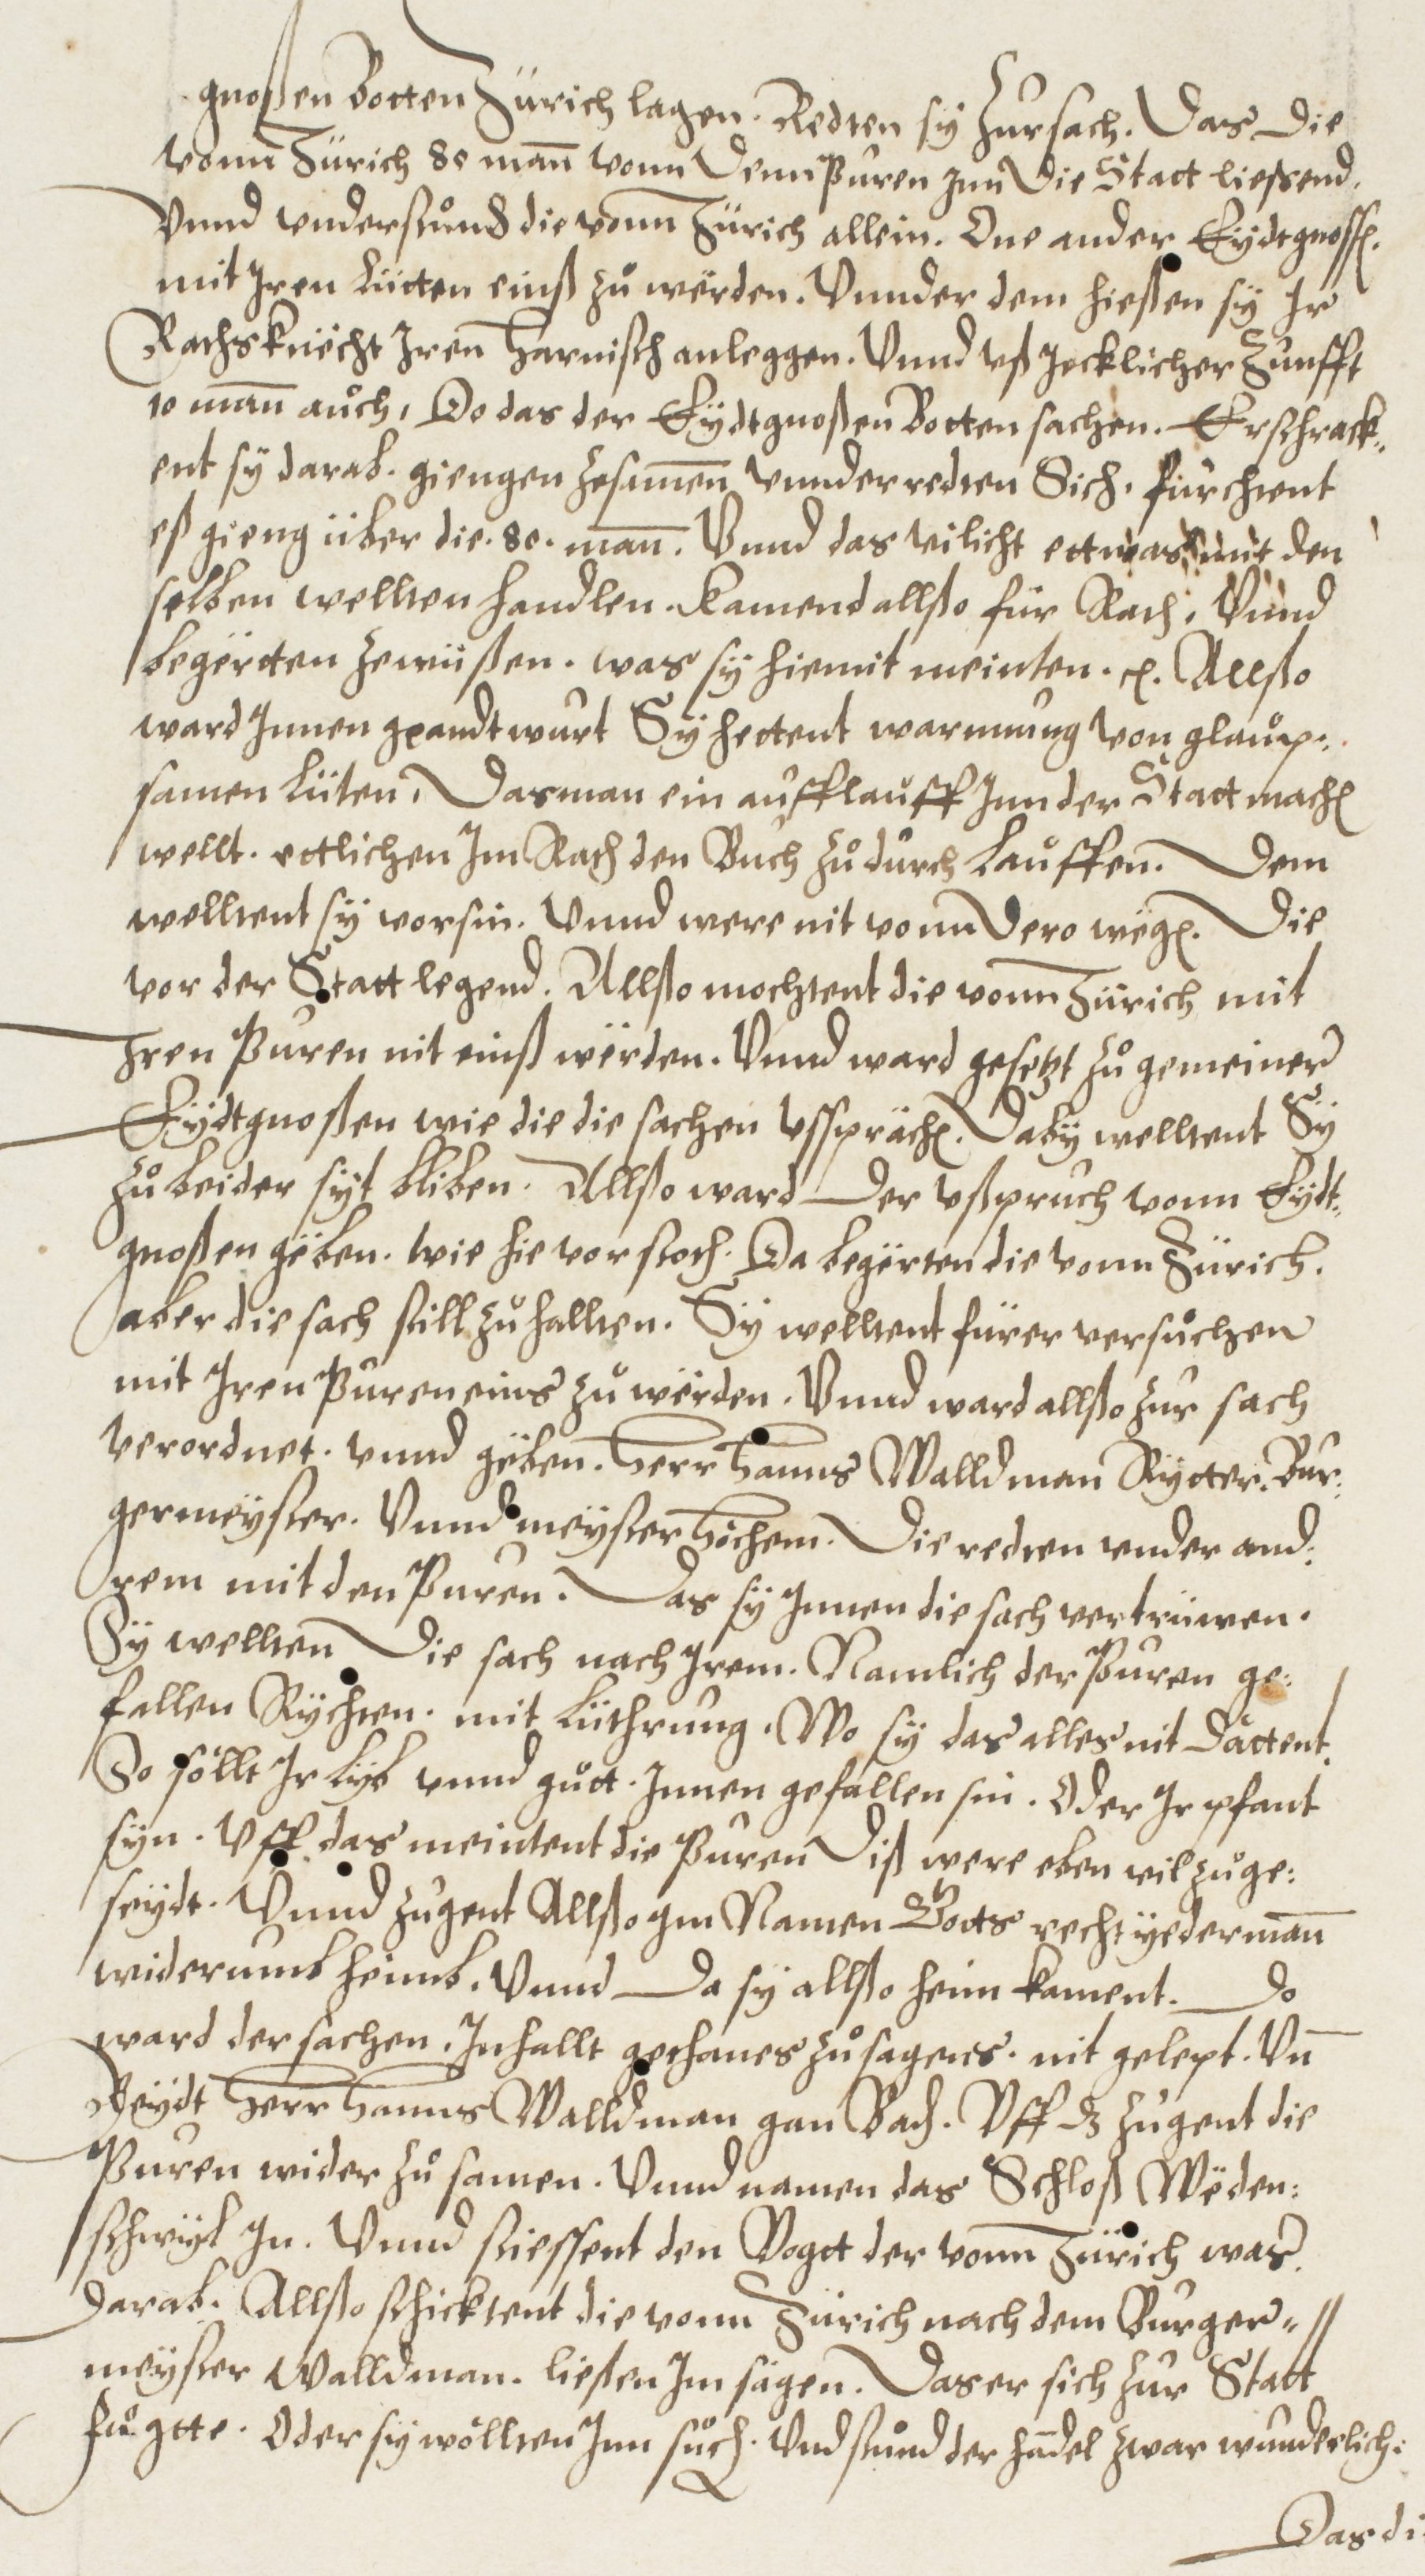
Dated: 1572–1572